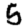
Digit: 5